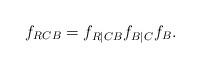
LaTeX: \begin{align*}f_{RCB}=f_{R|CB}f_{B|C}f_B .\end{align*}